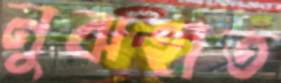
নুঝহাত